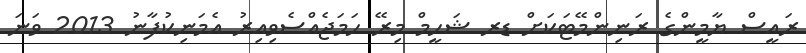
ރައީސް ޔާމީންގެ ރަނިންމޭޓަކަށް ޑރ ޝަހީމް މިރޭ ހަމަޖެއްސެވިއިރު އެމަނިކުފާނު 2013 ވަނަ